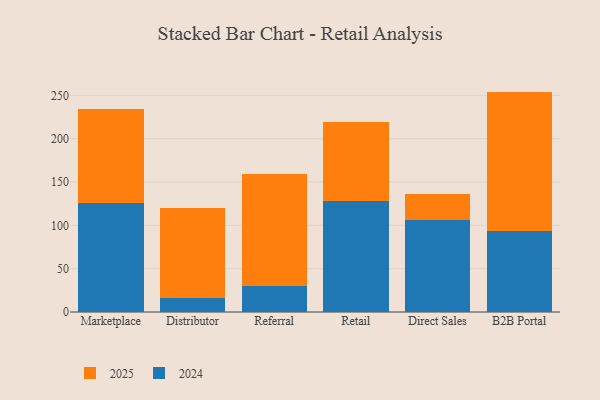
{"axis": {"x": "Channel", "y": "Budget (USD K)"}, "legend": ["2024", "2025"], "data": [{"x": "Marketplace", "y": 125.8, "type": "2024"}, {"x": "Marketplace", "y": 108.2, "type": "2025"}, {"x": "Distributor", "y": 16.7, "type": "2024"}, {"x": "Distributor", "y": 103.7, "type": "2025"}, {"x": "Referral", "y": 29.9, "type": "2024"}, {"x": "Referral", "y": 129.2, "type": "2025"}, {"x": "Retail", "y": 127.6, "type": "2024"}, {"x": "Retail", "y": 91.5, "type": "2025"}, {"x": "Direct Sales", "y": 106.4, "type": "2024"}, {"x": "Direct Sales", "y": 30.1, "type": "2025"}, {"x": "B2B Portal", "y": 93.0, "type": "2024"}, {"x": "B2B Portal", "y": 161.3, "type": "2025"}]}